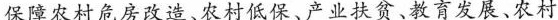
保障农村危房改造、农村低保、产业扶贫、教育发展、农村